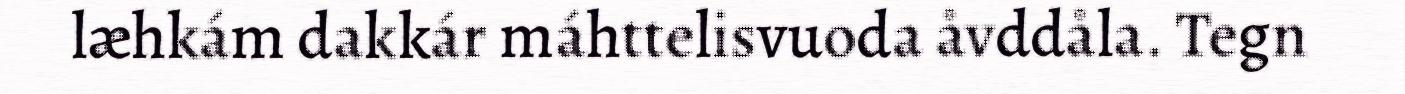
læhkám dakkár máhttelisvuoda åvddåla. Tegn